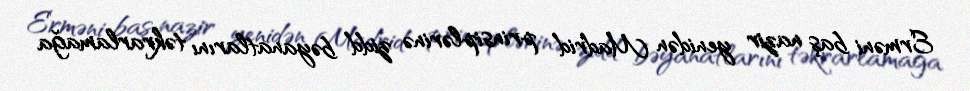
Erməni baş nazir yenidən Madrid prinsiplərinə zidd bəyanatlarını təkrarlamağa